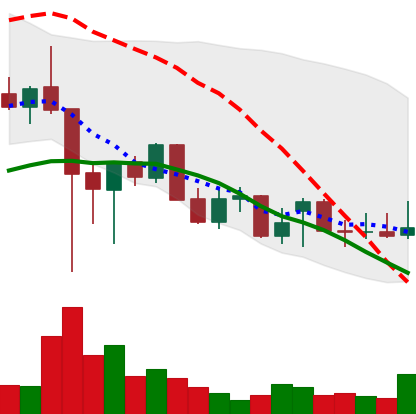
Ticker: XLM-USD
Chart end date: 2021-12-20
Forward return: 12.198%
Label: up_7plus